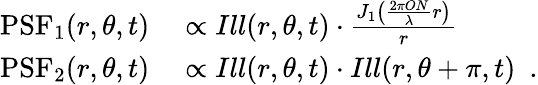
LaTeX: \begin{array}{rl}{\textrm{PSF}_{1}(r,\theta,t)}&{{}\propto Ill(r,\theta,t)\cdot\frac{J_{1}\left(\frac{2\pi ON}{\lambda}r\right)}{r}}\\ {\textrm{PSF}_{2}(r,\theta,t)}&{{}\propto Ill(r,\theta,t)\cdot Ill(r,\theta+\pi,t)\ \ .}\end{array}